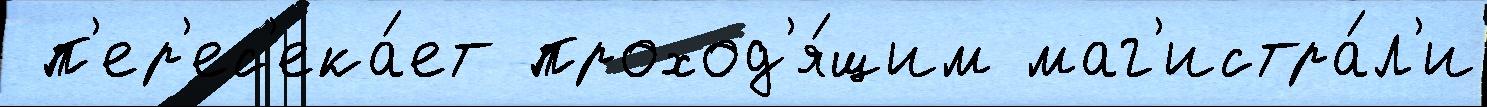
 п'ер'ес'ека́ет проход'я́щим маг'истра́л'и